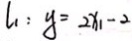
l _ { 1 } : y = 2 x _ { 1 } - 2